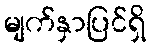
မျက်နှာပြင်ရှိ